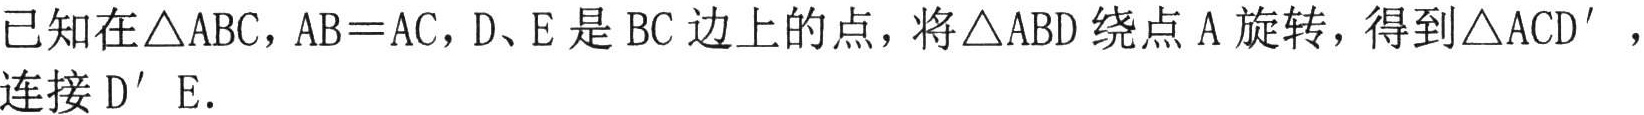
已知在\(\triangle ABC\)，\(AB = AC\)，\(D、E\)是\(BC\)边上的点，将\(\triangle ABD\)绕点\(A\)旋转，得到\(\triangle ACD'\)，连接\(D'E\).